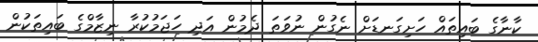
ކާނާގެ ބައިތައް ހަށިގަނޑަށް ނެގުން ނުވަތަ ދެމުން އަދި ހަޖަމުކުރާ ނިޒާމްގެ ބައިތަކުން